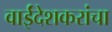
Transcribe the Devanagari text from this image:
वाईंदेशकरांचा